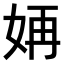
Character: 𫰝